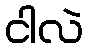
ငါလဲ